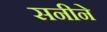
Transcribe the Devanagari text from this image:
सनीने